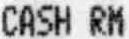
CASH RM